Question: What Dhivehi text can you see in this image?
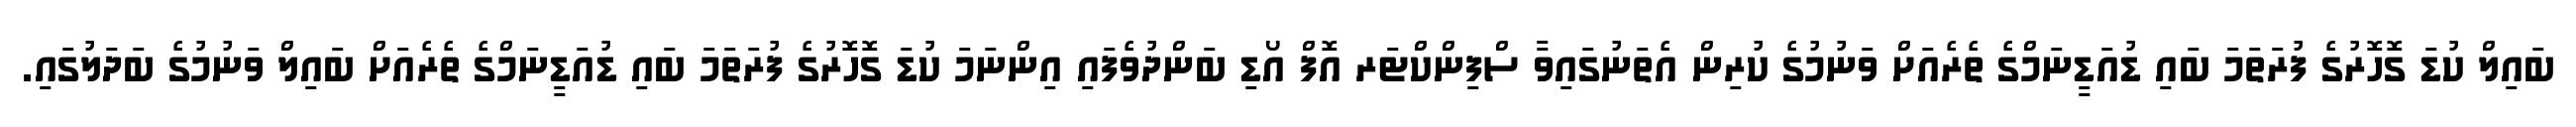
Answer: ބައިލް ކުޑަ ގޮހޮރުގެ ފުރަތަމަ ބައި ޑުއަޑީނަމްގެ ތެރެއަށް ވަނުމުގެ ކުރިން އެތަނުގައިވާ ސްފިންކްޓަރ އޮފް އޯޑި ބަންދުވެފައި އިންނަމަ ކުޑަ ގޮހޮރުގެ ފުރަތަމަ ބައި ޑުއަޑީނަމްގެ ތެރެއަށް ބައިލް ވަނުމުގެ ބަދަލުގައި.